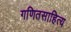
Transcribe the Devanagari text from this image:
गणितसाहित्य